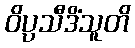
ဝိပ္ပသီဒိံသူတိ